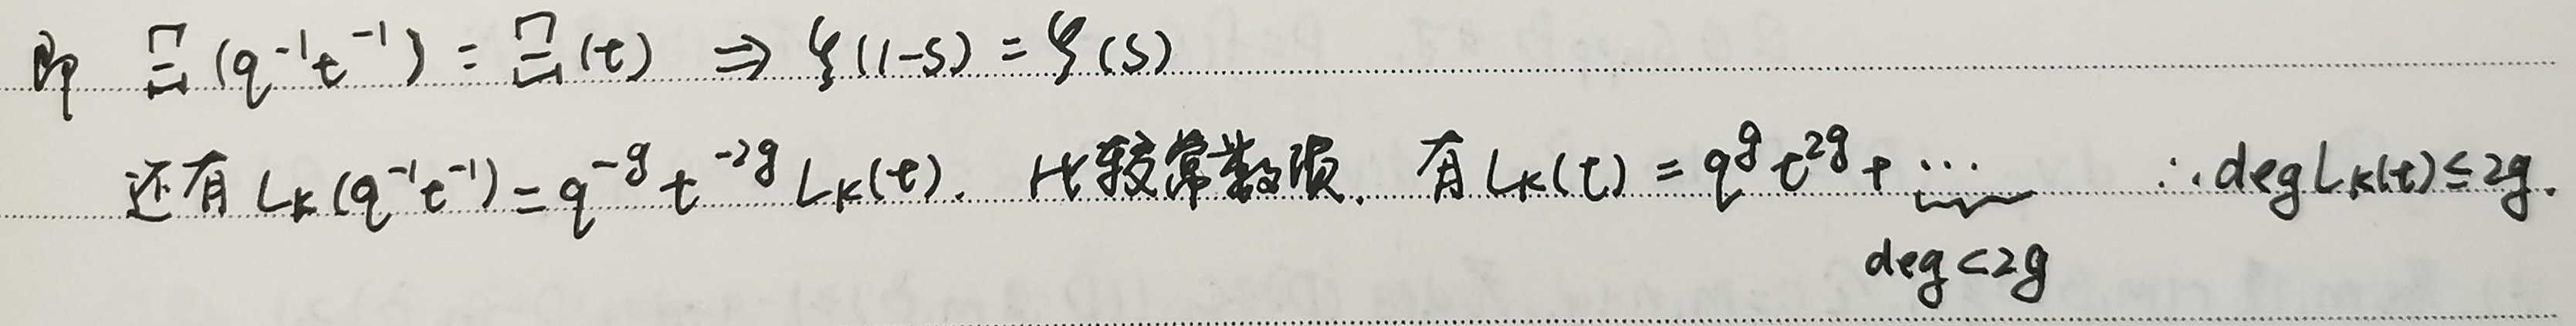
即
\[E_1(q^{-1}t^{-1}) = E_1(t)\Rightarrow \zeta(1 - s)=\zeta(s)\]
还有
\[L_k(q^{-1}t^{-1})=q^{-g}t^{-2g}L_k(t)\]
比较常数项，有
\[L_k(t)=q^{g}t^{2g}+\cdots\]
\(\therefore\deg L_k(t)\leq 2g\)，\(\deg<2g\)